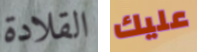
القلادة عليك